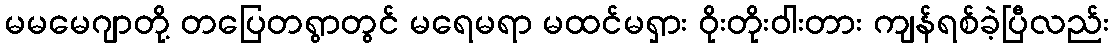
မမမေဂျာတို့ တပြေတရွာတွင် မရေမရာ မထင်မရှား ဝိုးတိုးဝါးတား ကျန်ရစ်ခဲ့ပြီလည်း